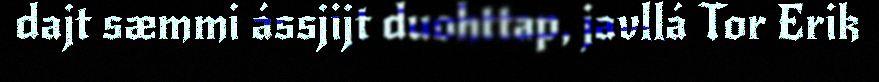
dajt sæmmi ássjijt duohttap, javllá Tor Erik